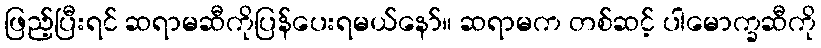
ဖြည့်ပြီးရင် ဆရာမဆီကိုပြန်ပေးရမယ်နော်။ ဆရာမက တစ်ဆင့် ပါမောက္ခဆီကို